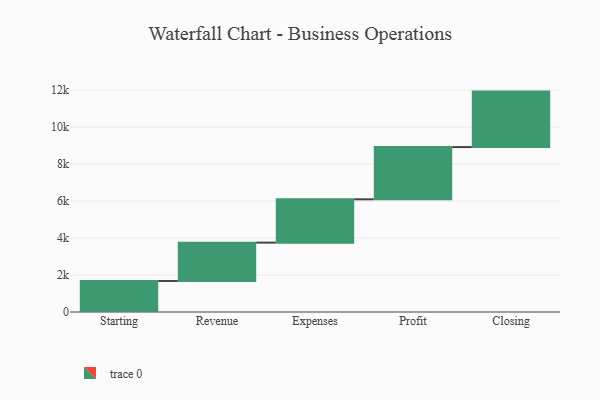
{"axis": {"x": "Step", "y": "Value"}, "legend": [""], "data": [{"x": "Starting", "y": 1678.0, "type": ""}, {"x": "Revenue", "y": 2074.0, "type": ""}, {"x": "Expenses", "y": 2343.0, "type": ""}, {"x": "Profit", "y": 2825.0, "type": ""}, {"x": "Closing", "y": 3000, "type": ""}]}